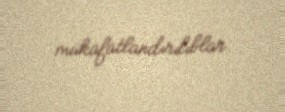
mükafatlandırılıblar.